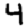
Digit: 4